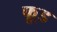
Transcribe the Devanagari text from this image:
फू़्ड